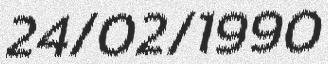
24/02/1990